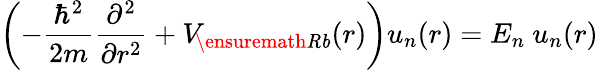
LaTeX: \left(-\frac{\hbar^{2}}{2m}\frac{\partial^{2}}{\partial r^{2}}+V_{\! \ensuremath{\mathit{Rb}}}(r)\right){u}_{n}(r)=E_{n}~u_{n}(r)